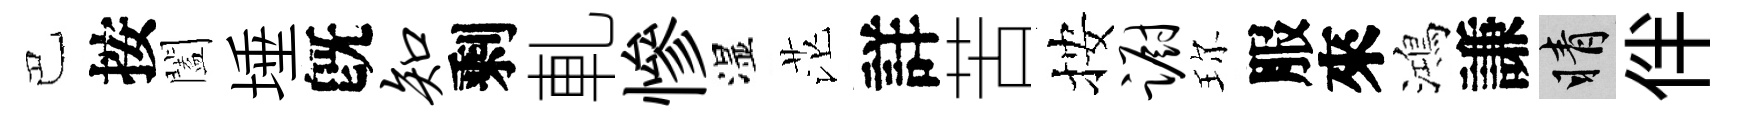
巴按闔埵旣知剩軋慘湿茫詳苦按蹰珎服來鴻謙睛伴